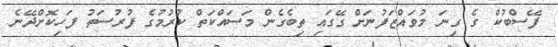
ފޭސްބުކް ގެ ގިނަ މުވައްޒަފުނަށް ގޭގައި ތިބެގެން މަސައްކަތް ކުރުމުގެ ފުރުސަތު ފަހިކޮށްދޭނެ